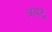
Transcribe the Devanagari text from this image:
अबटु